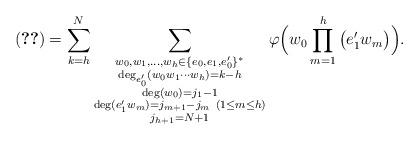
LaTeX: \begin{align*}\eqref{eq3_9} &= \sum_{k=h}^N \sum_{\substack{w_0,w_1,\ldots,w_h\in \{e_0,e_1,e_0'\}^*\\ \deg_{e_0'} (w_0w_1\cdots w_h) = k-h\\ \deg (w_0)= j_1-1 \\ \deg (e_1'w_m)=j_{m+1}-j_m \ (1\le m\le h) \\ j_{h+1}=N+1}} \varphi \Big( w_0 \prod_{m=1}^h \big(e_1' w_m \big) \Big).\end{align*}